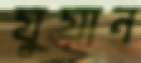
যুয়ান